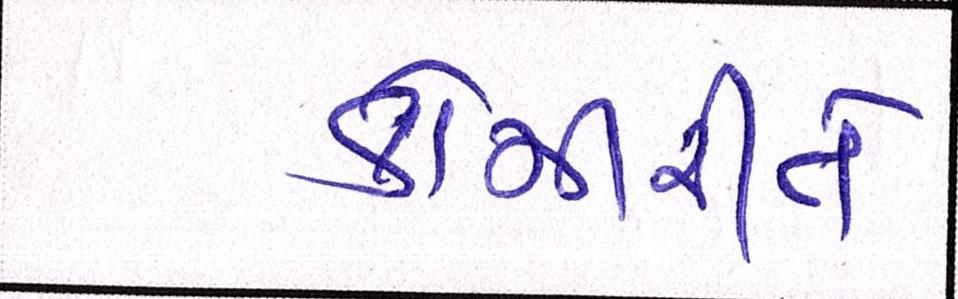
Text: કોમીરીતે